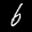
Label: 6